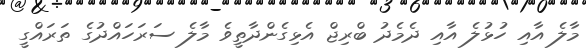
މާލެ އާއި ހުޅުލެ އާއި ދެމެދު ބްރިޖް އެޅިގެންދާތީވެ މާލެ ސަރަހައްދުގެ ތަރައްގީ